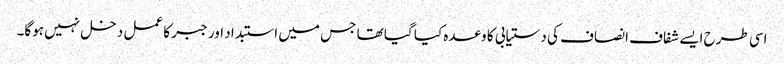
اسی طرح ایسے شفاف انصاف کی دستیابی کا وعدہ کیا گیا تھا جس میں استبداد اور جبر کا عمل دخل نہیں ہوگا۔